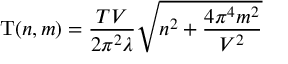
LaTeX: \mathrm { T } ( n , m ) = \frac { T V } { 2 \pi ^ { 2 } \lambda } \sqrt { n ^ { 2 } + \frac { 4 \pi ^ { 4 } m ^ { 2 } } { V ^ { 2 } } }